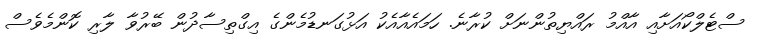
ސްޓެލްކޯއަށާއި އާއްމު ރައްޔިތުންނަށް ކުރާނެ. ހަމައެއާއެކު އަޅުގަނޑުމެންގެ އިގްތިސާދުން ބޭރުވާ ލާރި ކޮންމެވެސް